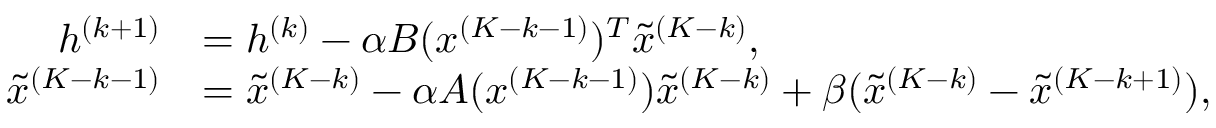
\begin{array} { r l } { h ^ { ( k + 1 ) } } & { = h ^ { ( k ) } - \alpha B ( x ^ { ( K - k - 1 ) } ) ^ { T } \widetilde { x } ^ { ( K - k ) } , } \\ { \widetilde { x } ^ { ( K - k - 1 ) } } & { = \widetilde { x } ^ { ( K - k ) } - \alpha A ( x ^ { ( K - k - 1 ) } ) \widetilde { x } ^ { ( K - k ) } + \beta ( \widetilde { x } ^ { ( K - k ) } - \widetilde { x } ^ { ( K - k + 1 ) } ) , } \end{array}